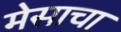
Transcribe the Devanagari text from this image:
मेसाचा